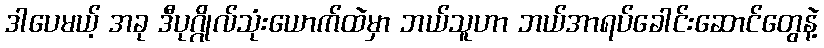
ဒါပေမယ့် အခု ဒီပုဂ္ဂိုလ်သုံးယောက်ထဲမှာ ဘယ်သူဟာ ဘယ်အာရပ်ခေါင်းဆောင်တွေနဲ့